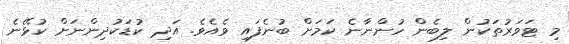
މި ޓަވަރުތަކުން ލިބެން ހުންނާނެ ކަމަށް ބުނެފައި ވެއެވެ. އަދި ކުޑަކުދިންނަށް ކުޅޭނެ